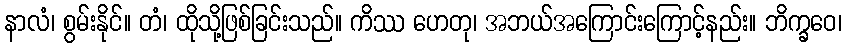
နာလံ၊ စွမ်းနိုင်။ တံ၊ ထိုသို့ဖြစ်ခြင်းသည်။ ကိဿ ဟေတု၊ အဘယ်အကြောင်းကြောင့်နည်း။ ဘိက္ခဝေ၊